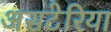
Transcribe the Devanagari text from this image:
असटेरिया